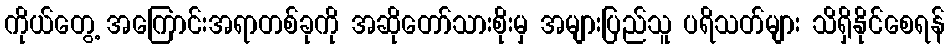
ကိုယ်တွေ့ အကြောင်းအရာတစ်ခုကို အဆိုတော်သားစိုးမှ အများပြည်သူ ပရိသတ်များ သိရှိနိုင်စေရန်